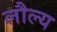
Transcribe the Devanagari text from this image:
लौल्य